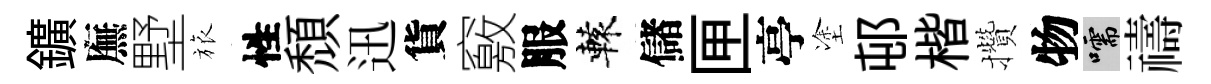
鑛廡墅旅性頹迅貨竅服轅儲匣亭塗邨楷攢物嚅禱